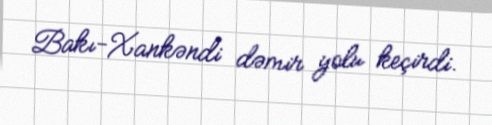
Bakı-Xankəndi dəmir yolu keçirdi.